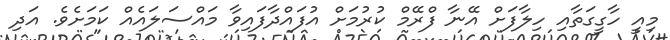
މިއީ ހާގީގަތާއި ހިލާފަށް އޭނާ ފްރޭމް ކުރުމަށް އުފައްދާފައިވާ މައްސަލައެއް ކަމަށެވެ. އަދި